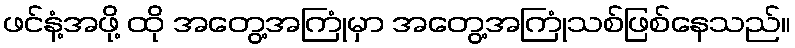
ဖင်နံ့အဖို့ ထို အတွေ့အကြုံမှာ အတွေ့အကြုံသစ်ဖြစ်နေသည်။